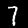
Digit: 7